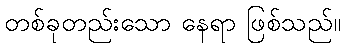
တစ်ခုတည်းသော နေရာ ဖြစ်သည်။